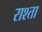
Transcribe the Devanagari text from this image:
राश्ता